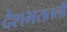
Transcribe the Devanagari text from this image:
देशभरातली